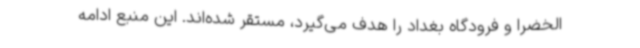
الخضرا و فرودگاه بغداد را هدف می‌گیرد، مستقر شده‌اند. این منبع ادامه